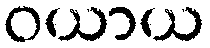
ဝယာယ